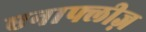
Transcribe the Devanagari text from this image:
एनाफ्लीज़